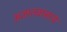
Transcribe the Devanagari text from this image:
अज्ञातवासाचे